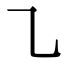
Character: ㇈